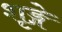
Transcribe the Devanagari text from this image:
शृङ्गे